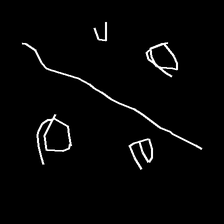
Glyph: cool